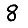
Digit: 8